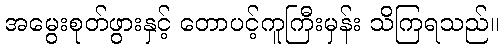
အမွေးစုတ်ဖွားနှင့် တောပင့်ကူကြီးမှန်း သိကြရသည်။